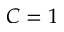
C = 1